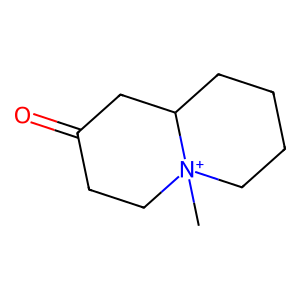
SMILES: C[N+]12CCCCC1CC(=O)CC2
Inhibits HIV replication: No